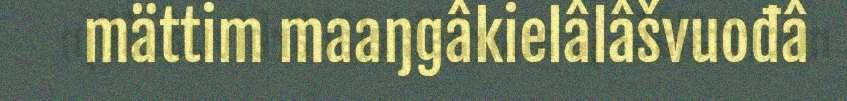
mättim maaŋgâkielâlâšvuođâ